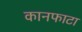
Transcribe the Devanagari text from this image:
कानफाटा